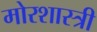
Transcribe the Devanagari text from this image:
मोरशास्त्री